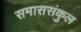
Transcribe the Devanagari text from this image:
समाससंकुल